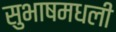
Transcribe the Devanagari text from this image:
सुभाषमधली